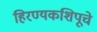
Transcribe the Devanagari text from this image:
हिरण्यकशिपूचे